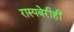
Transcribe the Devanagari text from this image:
रास्पबेरीही